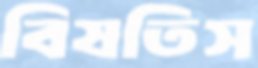
বিষতিস